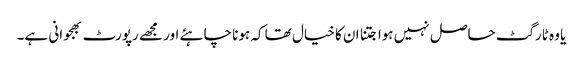
یا وہ ٹارگٹ حاصل نہیں ہوا جتنا ان کا خیال تھا کہ ہونا چاہئے اور مجھے رپورٹ بھجوانی ہے۔